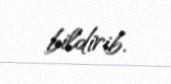
bildirib.